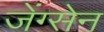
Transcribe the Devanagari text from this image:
जेंग्सेन